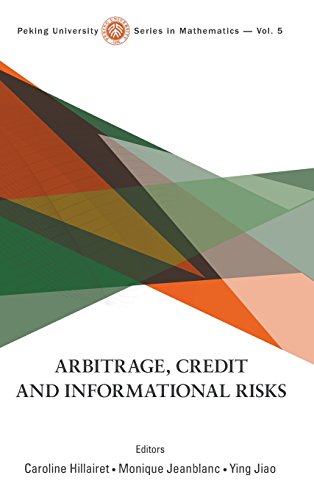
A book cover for Arbitrage, Credit and Informational Risks (Peking University Series in Mathematics); Caroline Hillairet; Business & Money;